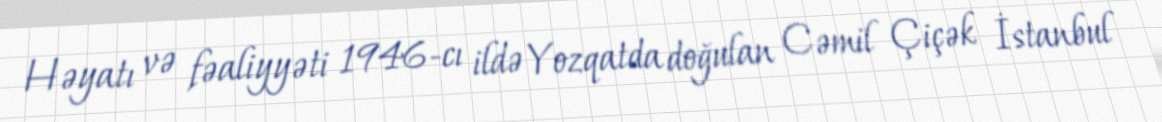
Həyatı və fəaliyyəti 1946-cı ildə Yozqatda doğulan Cəmil Çiçək İstanbul